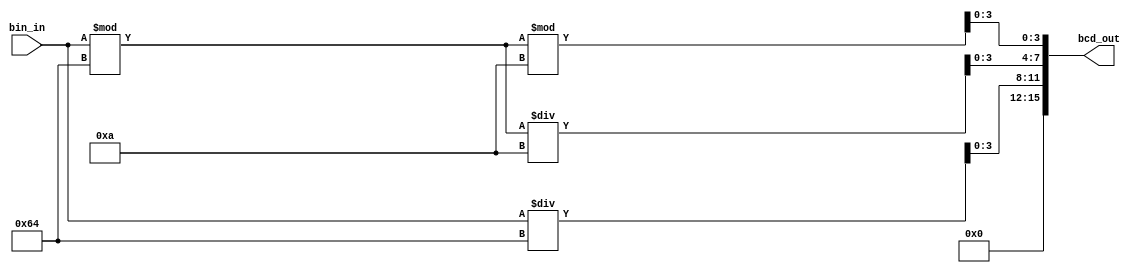
`timescale 1ns / 1ps
//////////////////////////////////////////////////////////////////////////////////
// Company: 
// Engineer: 
// 
// Design Name: 
// Module Name:    ec311_ver3_8bit_counter_bin2bcd 
// Project Name: 
// Target Devices: 
// Tool versions: 
// Description: 
//
// Dependencies: 
//
// Revision: 
// Revision 0.01 - File Created
// Additional Comments: 
//
//////////////////////////////////////////////////////////////////////////////////
module ec311_ver3_8bit_counter_bin2bcd(bcd_out, bin_in);
	output [15:0] bcd_out;
   input [7:0] bin_in;
	
	wire [3:0] bcd_thousands; // for thousands place in display
	wire [7:0] bcd_hundreds;
	wire [7:0] bcd_tens;
	wire [7:0] bcd_ones;
	
	wire [7:0] tens_part;
	
	assign bcd_thousands = 4'b0000; // for lab3 counter, max number is 255, so no thousands needed but will display
	
	assign bcd_hundreds = bin_in / 8'b01100100; // bin_in / dec(100)
	assign tens_part = bin_in % 8'b01100100; // bin_in % dec(100)
	assign bcd_tens = tens_part / 8'b00001010; // tens_part / dec(10)
	assign bcd_ones = tens_part % 8'b00001010; // tens_part % dec(10)
	
	assign bcd_out = {bcd_thousands, bcd_hundreds[3:0], bcd_tens[3:0], bcd_ones[3:0]};


endmodule